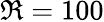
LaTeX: \Re=100